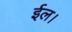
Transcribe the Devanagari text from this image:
ईल।